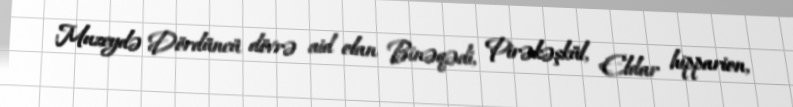
Muzeydə Dördüncü dövrə aid olan Binəqədi, Pirəkəşkül, Eldar hipparion,